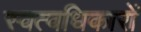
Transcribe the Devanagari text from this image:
स्वत्वधिकारों